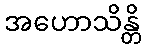
အဟောသိန္တိ